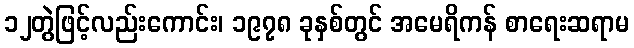
၁၂တွဲဖြင့်လည်းကောင်း၊ ၁၉၇၈ ခုနှစ်တွင် အမေရိကန် စာရေးဆရာမ